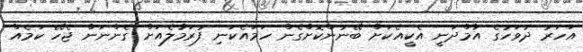
އަހަރު ދުވަހުގެ އާމްދަނީ އެކީއެކަށް ބޭނުންކޮށްގެން ހަމައެކަނި ފުރަމާލެއަށް ގެންނަން ޖެހޭ ކަމެއް